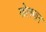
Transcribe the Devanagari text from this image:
गोलमान